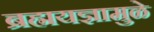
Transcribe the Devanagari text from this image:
ब्रह्मयज्ञामुळे